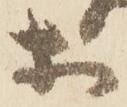
等